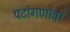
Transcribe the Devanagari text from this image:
पटांगणांवर